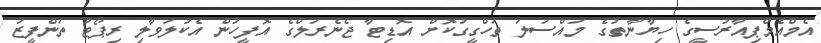
އެމްއެމްޕިއާރުސީގެ ހިޔާނާތުގެ މައްސަލަ ތަހްގީގުކޮށް އޮޑިޓާ ޖެނެރަލްގެ އޮފީހުން އެކުލަވާލި ރިޕޯޓު ތަންފީޒު